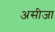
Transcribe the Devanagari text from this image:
असीजा